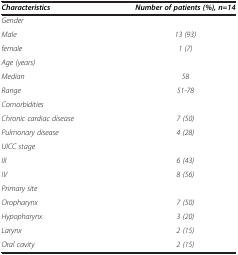
<table><thead><tr><td><b><i>Characteristics</i></b></td><td><b><i>Number of patients (%), n=14</i></b></td></tr></thead><tbody><tr><td><i>Gender</i></td><td> </td></tr><tr><td><i>Male</i></td><td><i>13 (93)</i></td></tr><tr><td><i>female</i></td><td><i>1 (7)</i></td></tr><tr><td><i>Age (years)</i></td><td> </td></tr><tr><td><i>Median</i></td><td><i>58</i></td></tr><tr><td><i>Range</i></td><td><i>51-78</i></td></tr><tr><td><i>Comorbidities</i></td><td> </td></tr><tr><td><i>Chronic cardiac disease</i></td><td><i>7 (50)</i></td></tr><tr><td><i>Pulmonary disease</i></td><td><i>4 (28)</i></td></tr><tr><td><i>UICC stage</i></td><td> </td></tr><tr><td><i>III</i></td><td><i>6 (43)</i></td></tr><tr><td><i>IV</i></td><td><i>8 (56)</i></td></tr><tr><td><i>Primary site</i></td><td> </td></tr><tr><td><i>Oropharynx</i></td><td><i>7 (50)</i></td></tr><tr><td><i>Hypopharynx</i></td><td><i>3 (20)</i></td></tr><tr><td><i>Larynx</i></td><td><i>2 (15)</i></td></tr><tr><td><i>Oral cavity</i></td><td><i>2 (15)</i></td></tr></tbody></table>